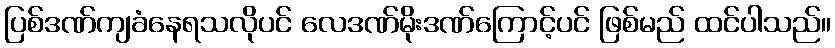
ပြစ်ဒဏ်ကျခံနေရသလိုပင် လေဒဏ်မိုးဒဏ်ကြောင့်ပင် ဖြစ်မည် ထင်ပါသည်။